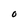
Character: O